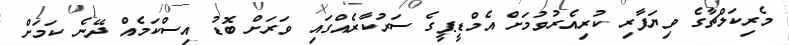
މެރިކަލްޗާގެ ވިޔަފާރި ކުރިއެރުވުމަށް އެމްޑީޕީގެ ސަރުކާރެއްގައި ވަރަށް ބޮޑު އިސްކަމެއް ދޭނެ ކަމަށް